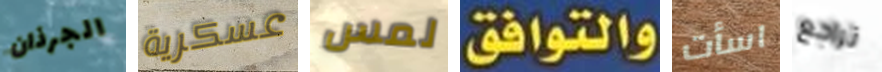
الجرذان عسكرية لمس والتوافق اسأت تراجع